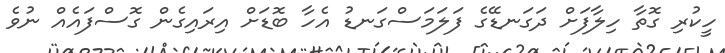
ހީކުރި ގޮތާ ހިލާފަށް ދަގަނޑޭގެ ފަލަމަސްގަނޑު އެހާ ބޮޑަށް އިރައިގެން ގޮސްފައެއް ނުވެ